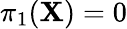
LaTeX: \pi_{1}(\mathbf{X})=0